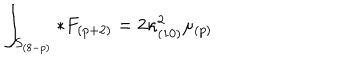
\int _ { S _ { ( 8 - p ) } } * F _ { ( p + 2 ) } = 2 \kappa _ { ( 1 0 ) } ^ { 2 } \mu _ { ( p ) }